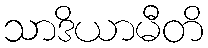
သာဒိယာမီတိ